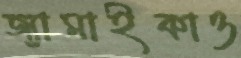
জ্যামাইকাও